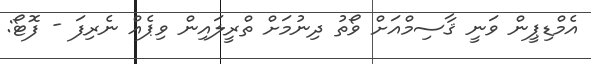
އެމްޑިޕީން ވަނީ ޤާސިމްއަށް ވޯތު ދިނުމަށް ތްރީލައިން ވިޕެއް ނެރިފަ - ފޮޓޯ: